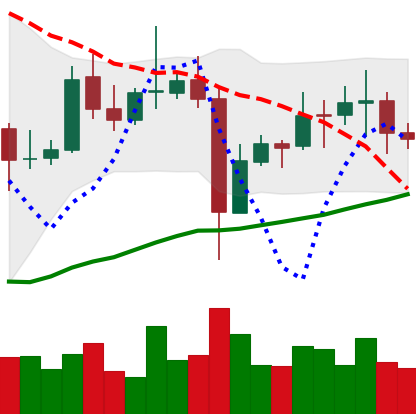
Ticker: EOS-USD
Chart end date: 2021-11-05
Forward return: 7.397%
Label: up_7plus